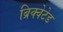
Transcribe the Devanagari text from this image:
ब्रिक्वेटेड